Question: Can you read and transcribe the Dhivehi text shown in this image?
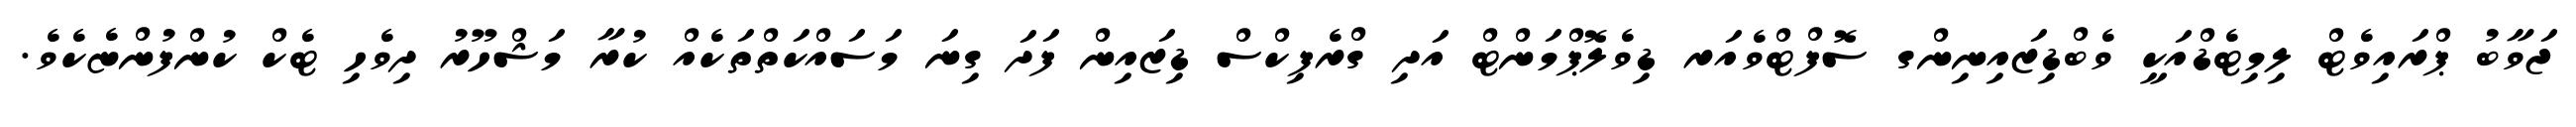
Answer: ޖަވާބު ޕްރައިވެޓް ލިމިޓެޑްއަކީ ވެބްޑިޒައިނިންގ ސޮފްޓްވެއަރ ޑިވެލޮޕްމަންޓް އަދި ގްރެފިކްސް ޑިޒައިން ފަދަ ގިނަ މަސައްކަތްތަކެއް ކުރާ މަޝްހޫރު ދިވެހި ޓެކް ކުންފުންޏެކެވެ.